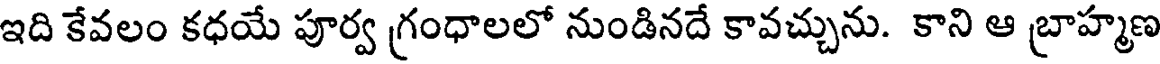
ఇది కేవలం కధయే పూర్వ గ్రంధాలలో నుండినదే కావచ్చును. కాని ఆ బ్రాహ్మణ